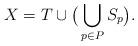
LaTeX: \begin{align*}X = T \cup \big( \bigcup_{p \in P} S_p \big).\end{align*}